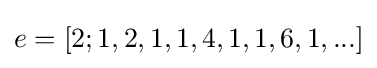
e=[2;1,2,1,1,4,1,1,6,1,...]